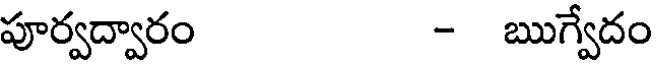
పూర్వద్వారం - ఋగ్వేదం